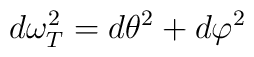
d\omega^2_T=d\theta^2+d\varphi^2